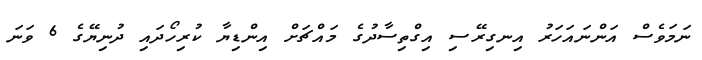
ނަމަވެސް އަންނައަހަރު އިނގިރޭސި އިގްތިސާދުގެ މައްޗަށް އިންޑިޔާ ކުރިހޯދައި ދުނިޔޭގެ 6 ވަނަ